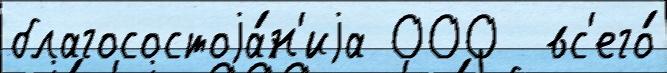
благосостоjа́н'иjа 000  вс'его́